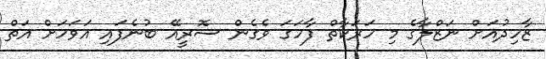
ޒާހިދުއަށް ނަޒްލާގެ މި ހަރަކާތް ފާހަގަ ވެގެން ސޮރީއޭ ބުނެފައި އަވަހަށް އަތް